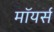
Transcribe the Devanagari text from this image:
मॉयर्स